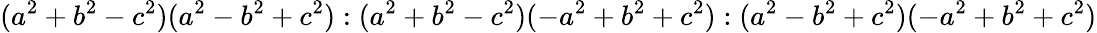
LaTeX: \displaystyle(a^{2}+b^{2}-c^{2})(a^{2}-b^{2}+c^{2}):(a^{2}+b^{2}-c^{2})(-a^{2}+b^{2}+c^{2}):(a^{2}-b^{2}+c^{2})(-a^{2}+b^{2}+c^{2})